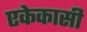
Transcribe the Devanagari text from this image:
एकेकासी